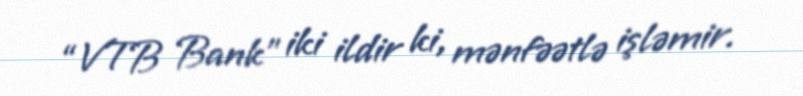
“VTB Bank” iki ildir ki, mənfəətlə işləmir.